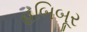
હબિબૂર